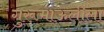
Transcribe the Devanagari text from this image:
गुरूमाऊलीला